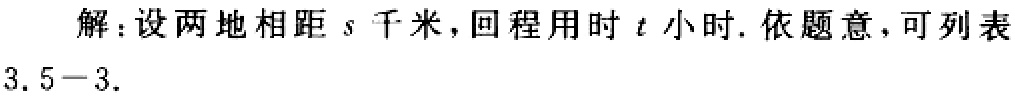
解：设两地相距\(s\)千米，回程用时\(t\)小时. 依题意，可列表
3.5－3.